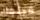
فيلمك